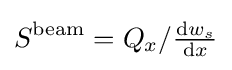
S^{\mathrm {beam} }=Q_{x}/{\tfrac {\mathrm {d} w_{s}}{\mathrm {d} x}}